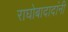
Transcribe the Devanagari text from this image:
राघोबादादांनी